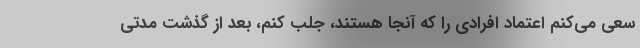
سعی می‌کنم اعتماد افرادی را که آنجا هستند، جلب کنم، بعد از گذشت مدتی